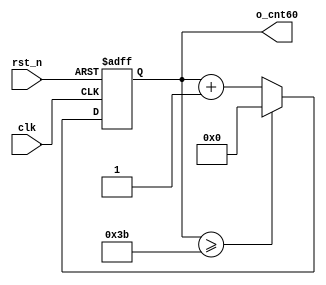
//	==================================================
//	Copyright (c) 2019 Sookmyung Women's University.
//	--------------------------------------------------
//	DEPARTMENT		: EE
//	--------------------------------------------------
//	RELEASE HISTORY
//	--------------------------------------------------
//	VERSION			DATE
//	0.0				2019-10-28
//	--------------------------------------------------
//	PURPOSE			: Seven-Segment Display
//	==================================================

//	--------------------------------------------------
//	0~59 Counter
//	--------------------------------------------------
module cnt60(	o_cnt60	,
		clk	,
		rst_n	);

output	[5:0]	o_cnt60		;
input		clk		;
input		rst_n		;

reg	[5:0]	o_cnt60		;
always @(posedge clk or negedge rst_n) begin
	if(rst_n == 1'b0) begin
		o_cnt60 <= 6'd0;
	end else begin
		if(o_cnt60 >= 6'd59) begin
			o_cnt60 <= 6'd0;
		end else begin
			o_cnt60 <= o_cnt60 + 1'b1;
		end
	end
end

endmodule

//	--------------------------------------------------
//	Numerical Controlled Oscillator
//	Hz of o_gen_clk = Clock Hz / num
//	--------------------------------------------------
module	nco(	o_gen_clk,
		i_nco_num,
		clk	 ,
		rst_n	 );

output		o_gen_clk	;	// 1Hz CLK

input	[31:0]	i_nco_num	;
input		clk		;	// 50Mhz CLK
input		rst_n		;

reg		[31:0]	cnt		;
reg			o_gen_clk	;
always @(posedge clk or negedge rst_n) begin
	if(rst_n == 1'b0) begin
		cnt		<= 32'd0;
		o_gen_clk	<= 1'd0	;
	end else begin
		if(cnt >= i_nco_num/2-1) begin
			cnt 	<= 32'd0;
			o_gen_clk	<= ~o_gen_clk;
		end else begin
			cnt <= cnt + 1'b1;
		end
	end
end

endmodule

//	--------------------------------------------------
//	NCO Clock Based 0~59 Counter
//	--------------------------------------------------
module	nco_cnt(
				o_nco_cnt,
				i_nco_num,
				clk	 ,
				rst_n 	 );

output	[5:0]	o_nco_cnt	;

input	[31:0]	i_nco_num	;
input		clk		;
input		rst_n		;

wire		gen_clk		;
nco		u_nco(	.o_gen_clk	( gen_clk	),
			.i_nco_num	( i_nco_num	),
			.clk		( clk		),
			.rst_n		( rst_n		));

cnt60		u_cnt60(.o_cnt60	( o_nco_cnt	),
			.clk		( gen_clk	),
			.rst_n		( rst_n		));

endmodule

//	--------------------------------------------------
//	Flexible Numerical Display Decoder
//	--------------------------------------------------
module	fnd_dec(o_seg,
		i_num);

output	[6:0]	o_seg		;	// {o_seg_a, o_seg_b, ... , o_seg_g}

input	[3:0]	i_num		;

reg	[6:0]	o_seg		;
always@( i_num )begin
	case(i_num)
		4'b0000:{o_seg} =7'b1111110 ;
		4'b0001:{o_seg} =7'b0110000 ;
		4'b0010:{o_seg} =7'b1101101 ;
		4'b0011:{o_seg} =7'b1111001 ;
		4'b0100:{o_seg} =7'b0110011 ;
		4'b0101:{o_seg} =7'b1011011 ;
		4'b0110:{o_seg} =7'b1011111 ;
		4'b0111:{o_seg} =7'b1110000 ;
		4'b1000:{o_seg} =7'b1111111 ;
		4'b1001:{o_seg} =7'b1110011 ;
	endcase
end
		
endmodule

//	--------------------------------------------------
//	0~59 --> 2 Separated Segments
//	--------------------------------------------------
module	double_fig_sep(
				o_left,
				o_right,
				i_double_fig);

output	[3:0]	o_left		;
output	[3:0]	o_right		;

input	[5:0]	i_double_fig;

assign	o_left = i_double_fig / 10;
assign	o_right  = i_double_fig % 10;

endmodule

//	--------------------------------------------------
//	0~59 --> 2 Separated Segments
//	--------------------------------------------------
module	led_disp(
				o_seg,
				o_seg_dp,
				o_seg_enb,
				i_six_digit_seg,
				i_six_dp,
				clk,
				rst_n);

output	[5:0]	o_seg_enb		;
output		o_seg_dp		;
output	[6:0]	o_seg			;

input	[41:0]	i_six_digit_seg		;
input	[5:0]	i_six_dp		;
input		clk			;
input		rst_n			;

wire		gen_clk		;
nco		u_nco(	.o_gen_clk	( gen_clk		),
			.i_nco_num	( 32'd500000		),
			.clk		( clk			),
			.rst_n		( rst_n			));

reg		[3:0]	cnt_common_node	;
always @(posedge gen_clk or negedge rst_n) begin
	if(rst_n == 1'b0) begin
		cnt_common_node		<= 32'd0;
	end else begin
		if(cnt_common_node >= 4'd5) begin
			cnt_common_node 	<= 4'd0;
		end else begin
			cnt_common_node <= cnt_common_node + 1'b1;
		end
	end
end

reg		[5:0]	o_seg_enb		;
always @(cnt_common_node) begin
	case (cnt_common_node)
		4'd0 : o_seg_enb = 6'b111110;
		4'd1 : o_seg_enb = 6'b111101;
		4'd2 : o_seg_enb = 6'b111011;
		4'd3 : o_seg_enb = 6'b110111;
		4'd4 : o_seg_enb = 6'b101111;
		4'd5 : o_seg_enb = 6'b011111;
	endcase
end

reg				o_seg_dp		;
always @(cnt_common_node) begin
	case (cnt_common_node)
		4'd0 : o_seg_dp = i_six_dp[0];
		4'd1 : o_seg_dp = i_six_dp[1];
		4'd2 : o_seg_dp = i_six_dp[2];
		4'd3 : o_seg_dp = i_six_dp[3];
		4'd4 : o_seg_dp = i_six_dp[4];
		4'd5 : o_seg_dp = i_six_dp[5];
	endcase
end

reg		[6:0]	o_seg			;
always @(cnt_common_node) begin
	case (cnt_common_node)
		4'd0 : o_seg = i_six_digit_seg[6:0];
		4'd1 : o_seg = i_six_digit_seg[13:7];
		4'd2 : o_seg = i_six_digit_seg[20:14];
		4'd3 : o_seg = i_six_digit_seg[27:21];
		4'd4 : o_seg = i_six_digit_seg[34:28];
		4'd5 : o_seg = i_six_digit_seg[41:35];
	endcase
end

endmodule

//	--------------------------------------------------
//	Top Module
//	--------------------------------------------------
module	top_nco_cnt_disp(
				o_seg_enb,
				o_seg_dp,
				o_seg,
				clk,
				rst_n);

output	[5:0]	o_seg_enb	;
output		o_seg_dp	;
output	[6:0]	o_seg		;

input		clk		;
input		rst_n		;

wire	[5:0]	nco_double	;
nco_cnt		u_nco_cnt(	.o_nco_cnt	( nco_double 	),
				.i_nco_num	( 32'd50000000  ),
				.clk		( clk		),
				.rst_n		(rst_n		));

wire	[3:0]	left	;
wire	[3:0]	right	;
double_fig_sep	u_double_fig_sep(	.o_left		( left	),
					.o_right	( right 	),
					.i_double_fig	( nco_double 	));
wire [6:0]seg_left	;
wire [6:0]seg_right ;

wire [41:0] six_digit_seg;
assign six_digit_seg = { {4{7'b0000000}}, seg_left, seg_right };
fnd_dec		u0_fnd_dec	(	.o_seg		(seg_left	),
					.i_num		(left	));

fnd_dec		u1_fnd_dec	(	.o_seg		(seg_right 	),
					.i_num		(right 	));

led_disp	u_led_disp	(	.o_seg	 	( o_seg	 	),
					.o_seg_dp	( o_seg_dp 	),
					.o_seg_enb	( o_seg_enb	),
					.i_six_digit_seg( six_digit_seg ),
					.i_six_dp	( 6'd0		),
					.clk		( clk 		),
					.rst_n		( rst_n 	));


endmodule